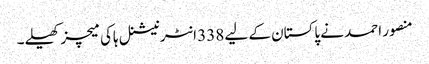
منصور احمد نے پاکستان کے لیے 338 انٹرنیشنل ہاکی میچز کھیلے۔